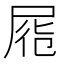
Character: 𡱹